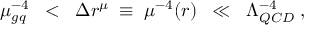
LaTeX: \mu _ { g q } ^ { - 4 } \; \; < \; \; \Delta r ^ { \mu } \; \equiv \; \mu ^ { - 4 } ( r ) \; \; \ll \; \; \Lambda _ { Q C D } ^ { - 4 } \; ,